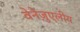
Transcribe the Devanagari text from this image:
वेनेज़ुएलीय